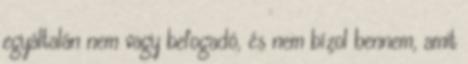
egyáltalán nem vagy befogadó, és nem bízol bennem, amit